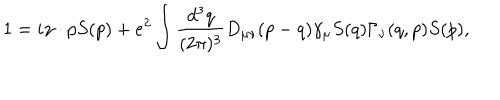
LaTeX: 1 = i \gamma \cdot p S ( p ) + e ^ { 2 } \int \frac { d ^ { 3 } q } { ( 2 \pi ) ^ { 3 } } D _ { \mu \nu } ( p - q ) \gamma _ { \mu } S ( q ) \Gamma _ { \nu } ( q , p ) S ( p ) ,